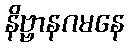
နိဗ္ဗာနဂမနေ